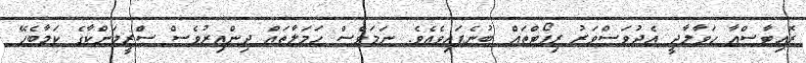
ރޮއިޓާސްއާ ހަވާލާދީ އެދުވަސްވަރު ރިޕޯޓްތައް ބުނެފައިވެއެވެ. ނަމަވެސް ހަމަލާތައް ދިންއިރުވެސް ސްރީލަންކާގެ ކަމާބެހޭ